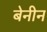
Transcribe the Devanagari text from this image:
बेनीन